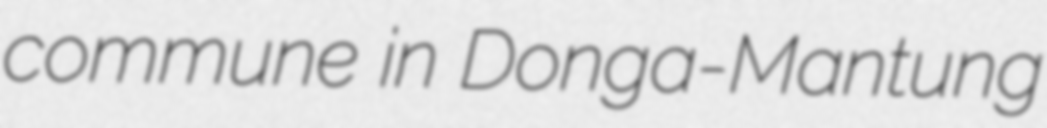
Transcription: commune in Donga-Mantung